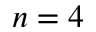
n = 4